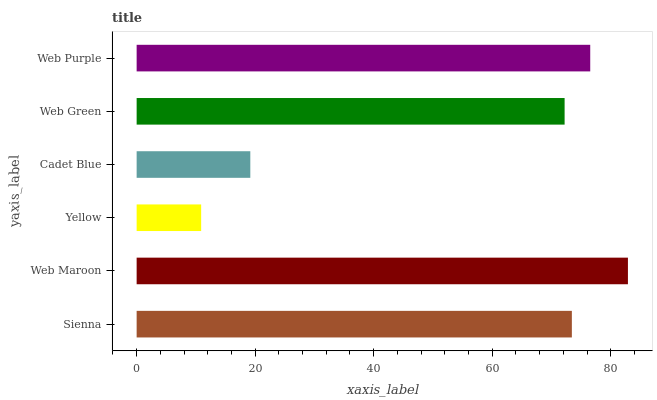
| yaxis_label | bars |
 | --- | --- |
 | Sienna | 73.4 |
 | Web Maroon | 82.9 |
 | Yellow | 10.9 |
 | Cadet Blue | 19.2 |
 | Web Green | 72.2 |
 | Web Purple | 76.5 |